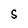
Character: S